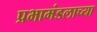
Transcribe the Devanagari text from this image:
प्रभामंडलाच्या